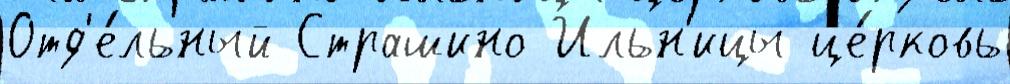
Отд'е́льный Страшино Ильн'ицы це́рковь